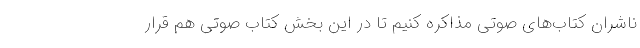
ناشران کتاب‌های صوتی مذاکره کنیم تا در این بخش کتاب صوتی هم قرار